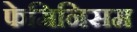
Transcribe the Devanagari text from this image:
फेमिनिसम